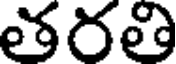
తరతి